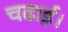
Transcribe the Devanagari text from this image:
चढाई।